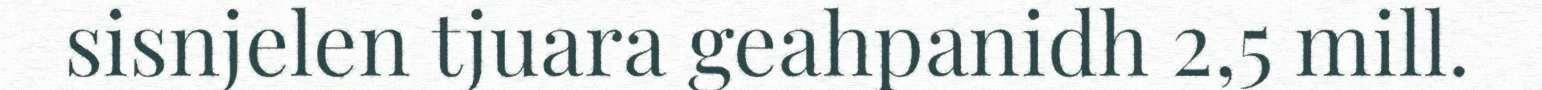
sisnjelen tjuara geahpanidh 2,5 mill.